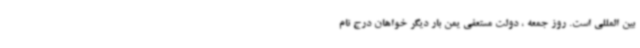
بین المللی است. روز جمعه ، دولت مستعفی یمن بار دیگر خواهان درج نام